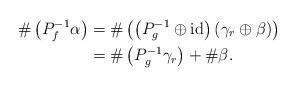
LaTeX: \begin{align*} \#\left(P_{f}^{-1}\alpha\right)&=\#\left(\left(P_{g}^{-1}\oplus \mathrm{id}\right)\left(\gamma_r\oplus \beta\right)\right) \\ &=\#\left(P_{g}^{-1}\gamma_{r}\right)+\#\beta.\end{align*}